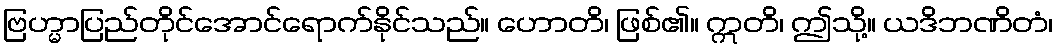
ဗြဟ္မာပြည်တိုင်အောင်ရောက်နိုင်သည်။ ဟောတိ၊ ဖြစ်၏။ ဣတိ၊ ဤသို့။ ယဒိဘဏိတံ၊